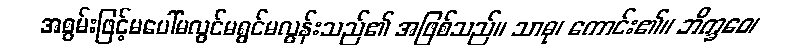
အစွမ်းဖြင့်မပေါ်မလွင်မရွင်မလွန်းသည်၏ အဖြစ်သည်။ သာဓု၊ ကောင်း၏။ ဘိက္ခဝေ၊